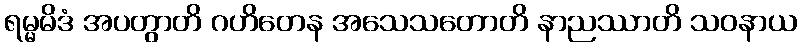
ရမ္မမိဒံ အပတွာတိ ဂဟိတေန အသေသတောတိ နာညဿာတိ သဝနာယ